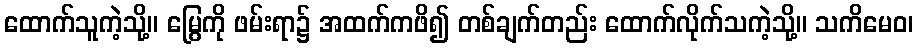
ထောက်သူကဲ့သို့။ မြွေကို ဖမ်းရာ၌ အထက်ကဖိ၍ တစ်ချက်တည်း ထောက်လိုက်သကဲ့သို့။ သကိမေဝ၊